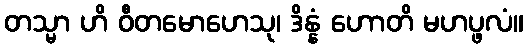
တသ္မာ ဟိ ဝီတမောဟေသု၊ ဒိန္နံ ဟောတိ မဟပ္ဖလံ။